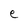
Character: e